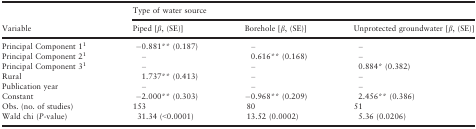
| <ROWSPAN=2> Variable | <COLSPAN=3> Type of water source |
 | Piped [β, (SE)] | Borehole [β, (SE)] | Unprotected groundwater [β, (SE)] |
 | --- | --- | --- | --- |
 | Principal Component 11 | −0.881** (0.187) | – | – |
 | Principal Component 21 | – | 0.616** (0.168) | – |
 | Principal Component 31 | – | – | 0.884* (0.382) |
 | Rural | 1.737** (0.413) | – | – |
 | Publication year | – | – | – |
 | Constant | −2.000** (0.303) | −0.968** (0.209) | 2.456** (0.386) |
 | Obs. (no. of studies) | 153 | 80 | 51 |
 | Wald chi (P-value) | 31.34 (<0.0001) | 13.52 (0.0002) | 5.36 (0.0206) |